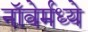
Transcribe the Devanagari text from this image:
नॉवेर्मध्ये